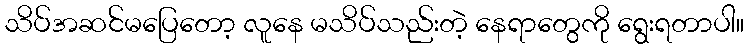
သိပ်အဆင်မပြေတော့ လူနေ မသိပ်သည်းတဲ့ နေရာတွေကို ရွေးရတာပါ။